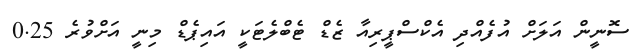
ސޮނީން އަލަށް އުފެއްދި އެކްސްޕީރިއާ ޒެޑް ޓެބްލެޓަކީ އައިޕެޑް މިނީ އަށްވުރެ 0.25